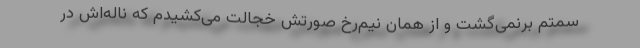
سمتم برنمی‌گشت و از همان نیم‌رخ صورتش خجالت می‌کشیدم که ناله‌اش در